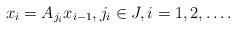
LaTeX: \begin{align*}x_i=A_{j_i} x_{i-1},j_i\in J,i=1,2,\dots.\end{align*}